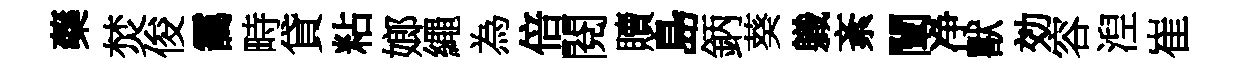
藥焚俊靄畤貸粘嫏繩為倍閱贖島鈵葵軄紊闡净獸効容湼崔